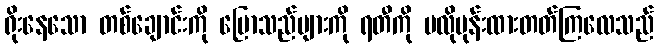
ရိုးနေသော တစ်ချောင်းကို ပြောသည်များကို ရတီကို မလိုမုန်းထားတတ်ကြလေသည်